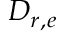
D _ { r , e }